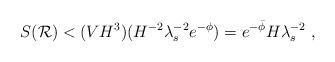
LaTeX: \begin{align*}S({\cal R}) < (VH^3) (H^{-2} \lambda_s^{-2} e^{-\phi}) = e^{-\bar{\phi}} H \lambda_s^{-2} \;,\end{align*}